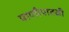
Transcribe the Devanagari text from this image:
पाणीपातळी